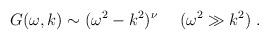
LaTeX: \begin{align*}\ G(\omega, k) \sim (\omega^2-k^2)^\nu \ \ \ \ (\omega^2 \gg k^2 ) \ .\end{align*}